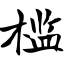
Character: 槛